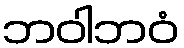
ဘဝါဘဝံ